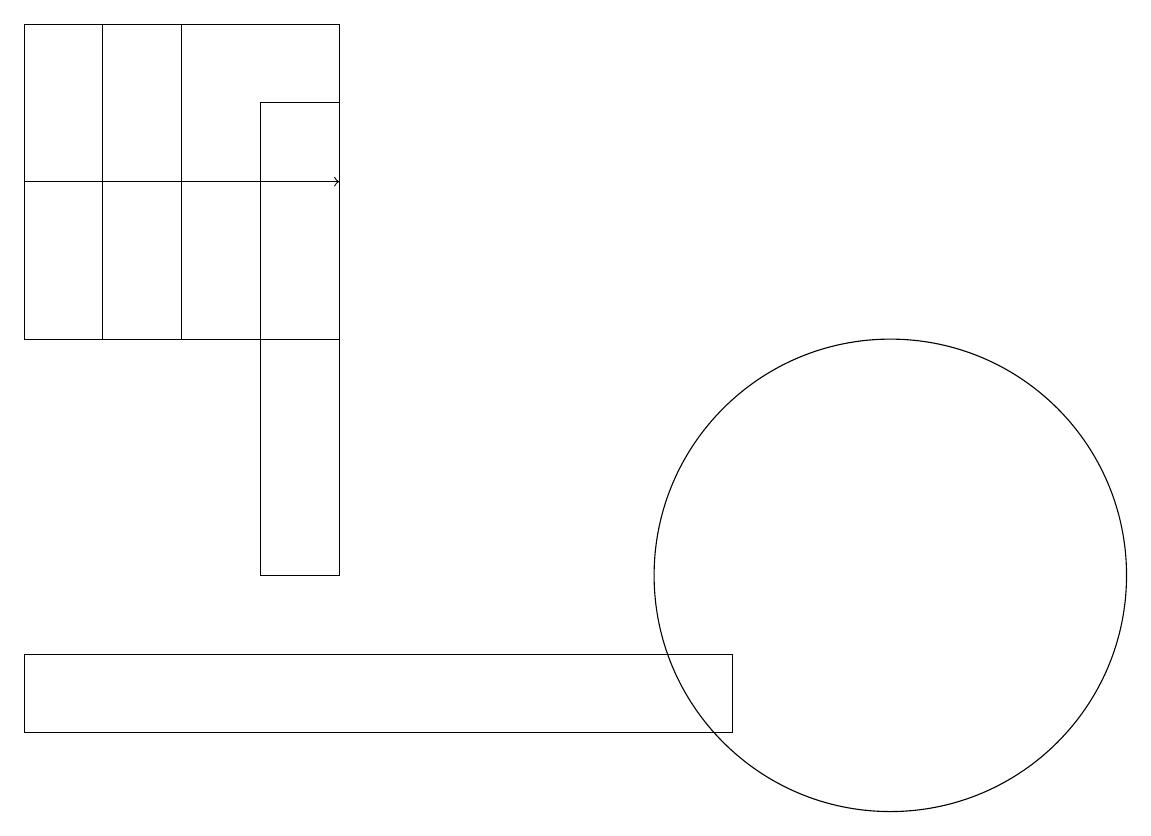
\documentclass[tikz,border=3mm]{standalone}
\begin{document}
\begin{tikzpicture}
\draw (0,15) rectangle (4,19);
\draw[->] (0,17) -- (4,17);
\draw (2,15) rectangle (1,19);
\draw (4,18) rectangle (3,12);
\draw (11,12) circle (3);
\draw (0,10) rectangle (9,11);
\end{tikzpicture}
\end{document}